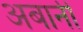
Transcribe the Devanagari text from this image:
अबानी